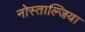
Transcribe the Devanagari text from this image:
नोस्ताल्जिया